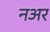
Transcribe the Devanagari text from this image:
नअर